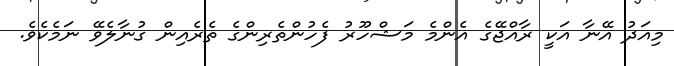
މިއަދު އޭނާ އަކީ ރާއްޖޭގެ އެންމެ މަޝްހޫރު ފެހުންތެރިންގެ ތެރެއިން ގުނާލެވޭ ނަމެކެވެ.